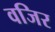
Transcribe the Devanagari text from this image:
वजिर